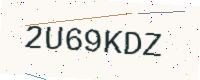
Text: 2U69KDZ